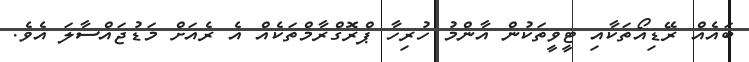
ބައެއް ރޭޑިއޯތަކާއި ޓީވީތަކުން އާންމު ހުރިހާ ޕްރޮގްރާމްތަކެއް އެ ރެއަށް މަޑުޖައްސާލަ އެވެ.